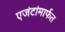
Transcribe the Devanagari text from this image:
एजंटांमार्फत